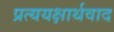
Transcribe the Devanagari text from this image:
प्रत्ययक्षार्थवाद